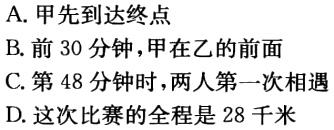
A. 甲先到达终点

B. 前30分钟，甲在乙的前面

C. 第48分钟时，两人第一次相遇

D. 这次比赛的全程是28千米